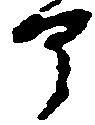
部